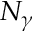
N _ { \gamma }